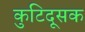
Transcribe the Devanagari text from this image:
कुटिदूसक